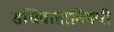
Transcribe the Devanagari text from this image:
संधिवाताविषयी